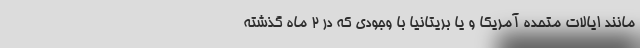
مانند ایالات متحده آمریکا و یا بریتانیا با وجودی که در 2 ماه گذشته